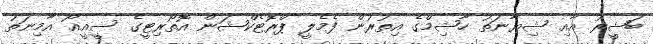
ބަޝީރު އާއި ޝިޔާނަތު ހާޝިމްގެ އިތުރުން ފެމެލީ ޕްރޮޓެކްޝަން އޮތޯރިޓީގެ ސީއީއޯ އާމިނަތު